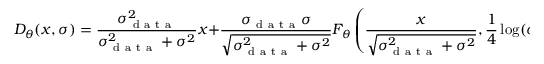
D _ { \theta } ( x , \sigma ) = \frac { \sigma _ { \mathrm { ~ d ~ a ~ t ~ a ~ } } ^ { 2 } } { \sigma _ { \mathrm { ~ d ~ a ~ t ~ a ~ } } ^ { 2 } + \sigma ^ { 2 } } x + \frac { \sigma _ { \mathrm { ~ d ~ a ~ t ~ a ~ } } \sigma } { \sqrt { \sigma _ { \mathrm { ~ d ~ a ~ t ~ a ~ } } ^ { 2 } + \sigma ^ { 2 } } } F _ { \theta } \left( \frac { x } { \sqrt { \sigma _ { \mathrm { ~ d ~ a ~ t ~ a ~ } } ^ { 2 } + \sigma ^ { 2 } } } , \frac { 1 } { 4 } \log ( \sigma ) \right) ,